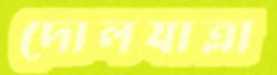
দোলযাত্রা